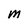
Character: M